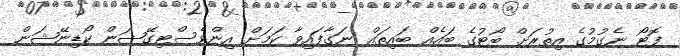
ފޮޓޯ ނެގުމުގެ އިތުރަށް ބޯޓުގެ ބައެއް ބައިތައް ނަގާފައިވާ ކަމަށް އިންވެސްޓިގޭޝަން ކޯޑިނޭޝަން